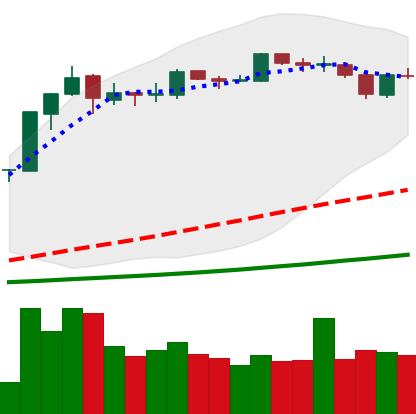
Ticker: BNB-USD
Chart end date: 2019-03-23
Forward return: 10.3%
Label: up_7plus